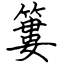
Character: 簍